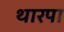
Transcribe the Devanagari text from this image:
थारपा